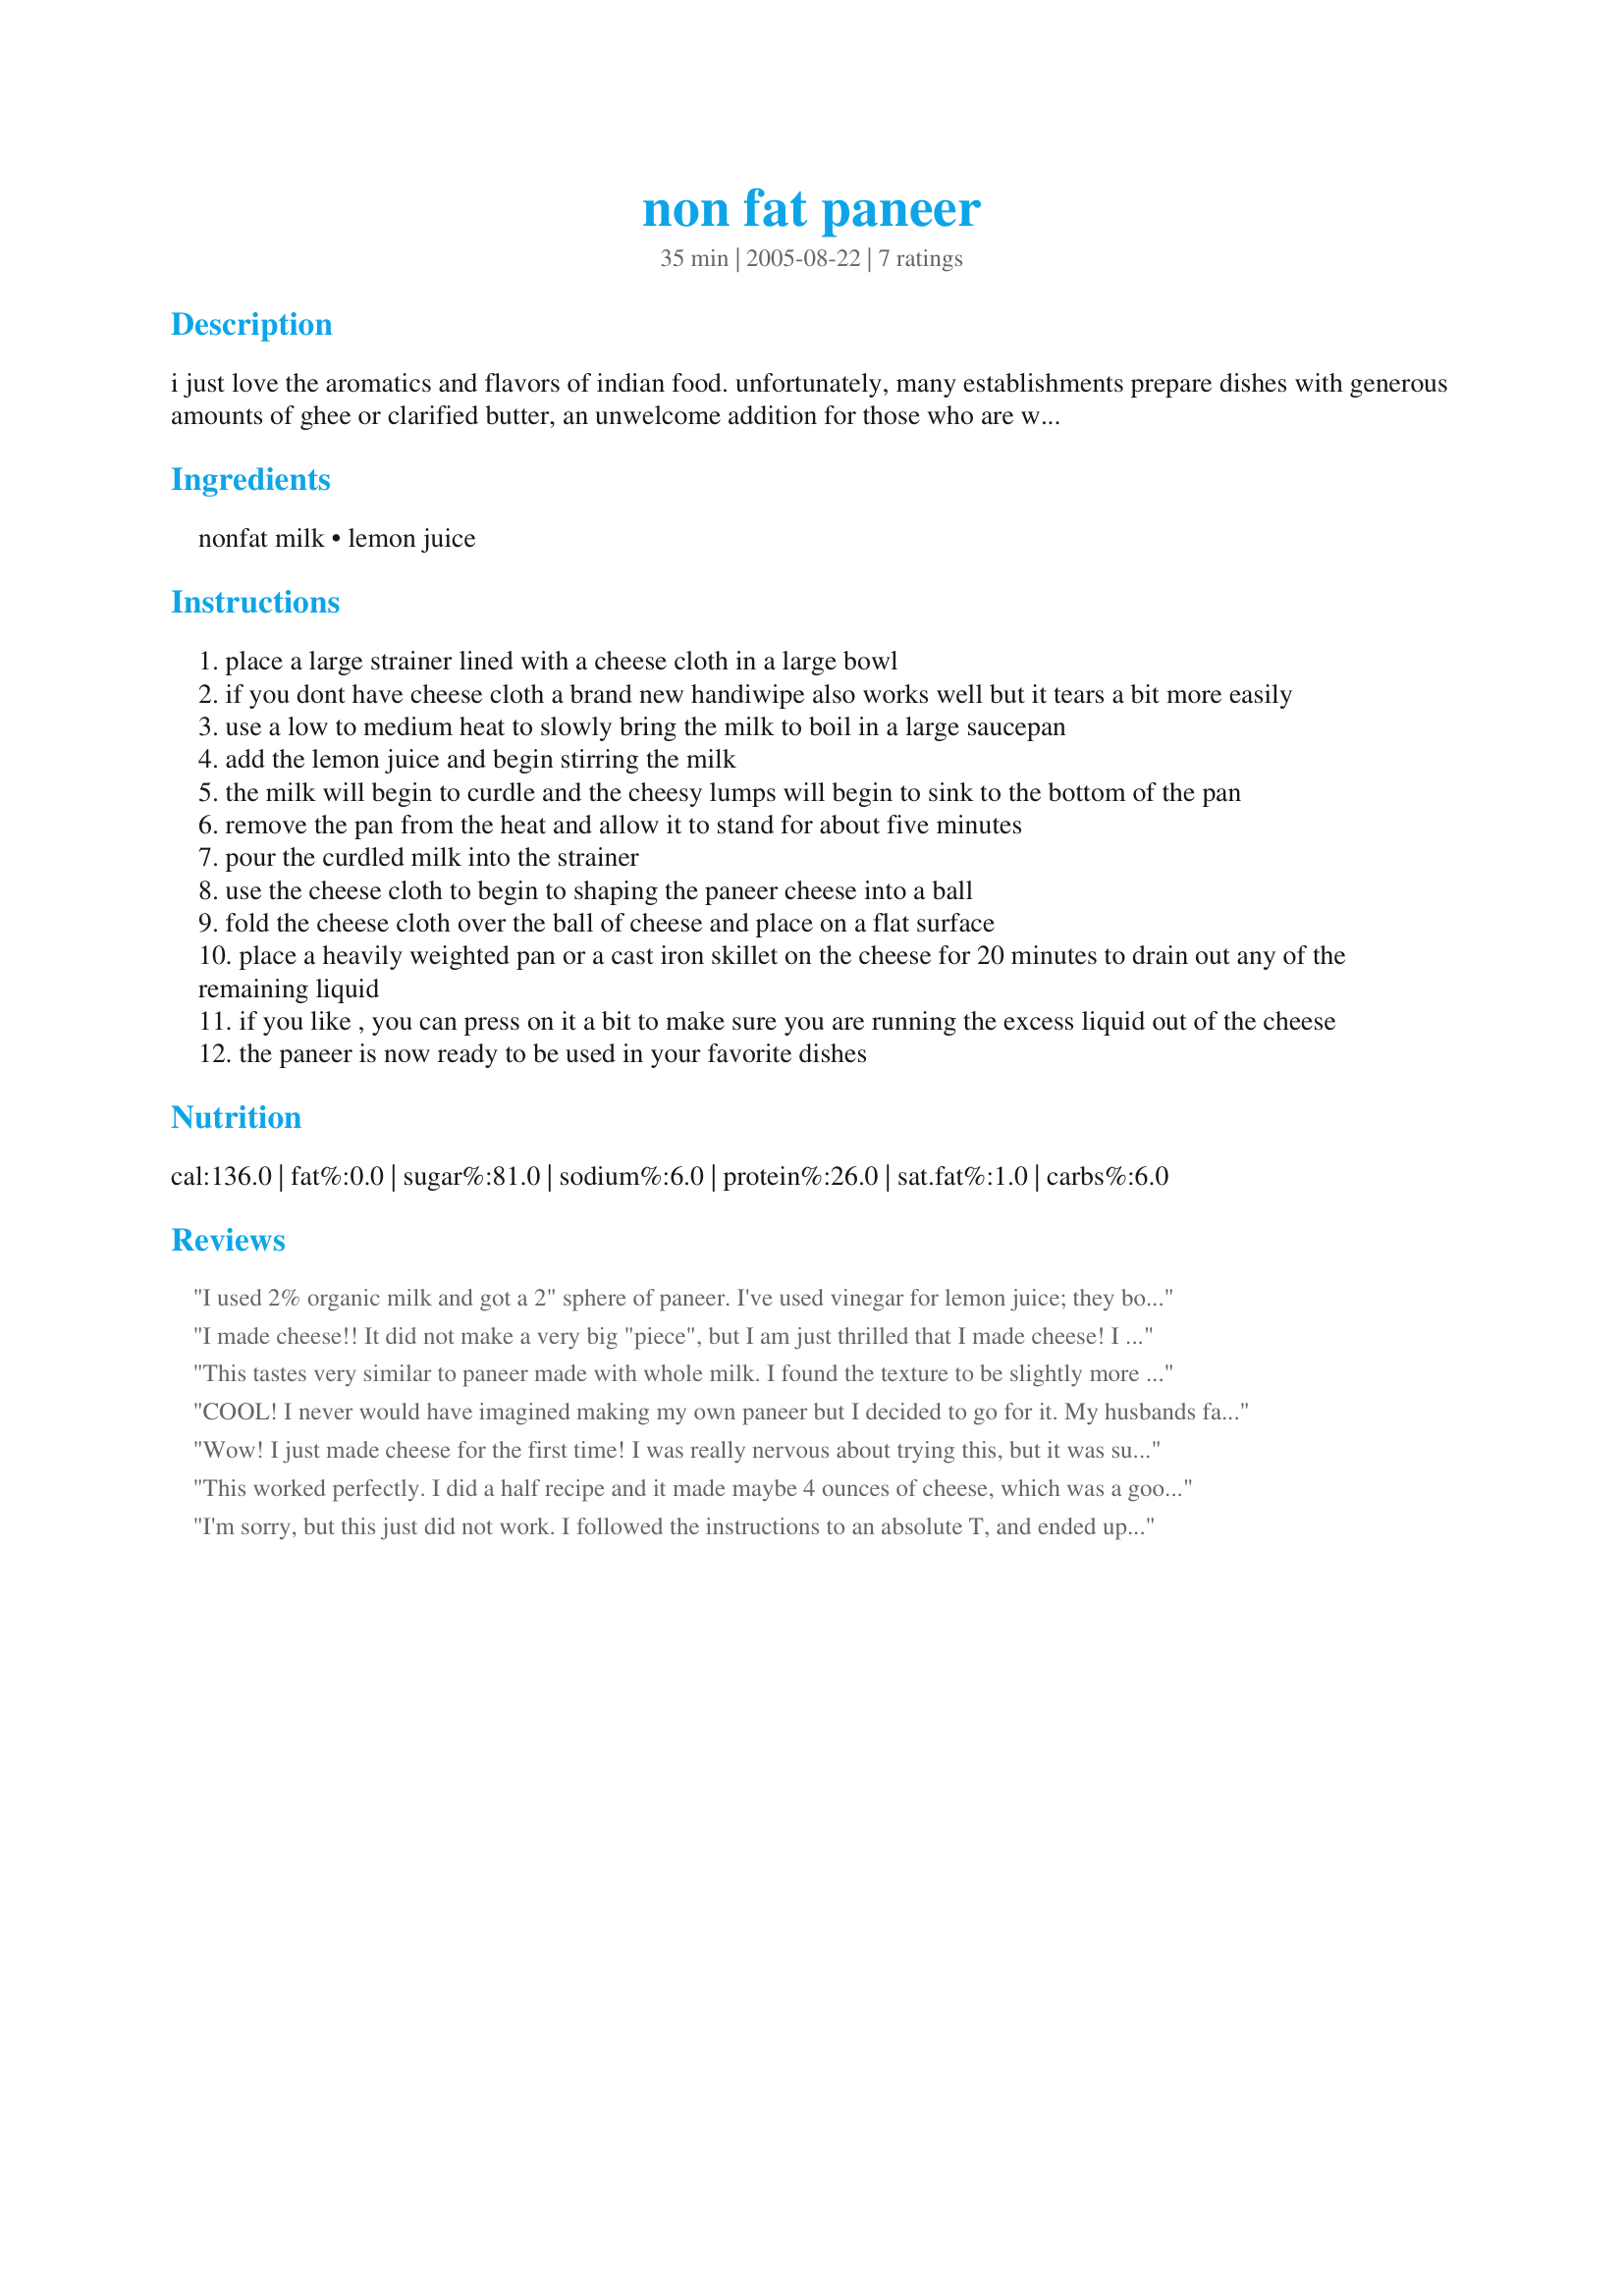
non fat paneer
Preparation time: 35 minutes

i just love the aromatics and flavors of indian food. unfortunately, many establishments prepare dishes with generous amounts of ghee or clarified butter, an unwelcome addition for those who are watching their caloric or cholesterol intake. not wanting to give up the lovely flavors, i’ve begun to delve into recipes that allow me to prepare my favorite dishes at home. paneer is easy to prepare and is a staple in many indian dishes, especially vegetarian entrees and appetizers.

Ingredients:
nonfat milk, lemon juice

Steps:
place a large strainer lined with a cheese cloth in a large bowl
if you dont have cheese cloth a brand new handiwipe also works well but it tears a bit more easily
use a low to medium heat to slowly bring the milk to boil in a large saucepan
add the lemon juice and begin stirring the milk
the milk will begin to curdle and the cheesy lumps will begin to sink to the bottom of the pan
remove the pan from the heat and allow it to stand for about five minutes
pour the curdled milk into the strainer
use the cheese cloth to begin to shaping the paneer cheese into a ball
fold the cheese cloth over the ball of cheese and place on a flat surface
place a heavily weighted pan or a cast iron skillet on the cheese for 20 minutes to drain out any of the remaining liquid
if you like , you can press on it a bit to make sure you are running the excess liquid out of the cheese
the paneer is now ready to be used in your favorite dishes

Reviews:
I used 2% organic milk and got a 2" sphere of paneer. I've used vinegar for lemon juice; they both work. I prefer my paneer to be spreadable, so I've learned not to squeeze out EVERY bit of whey. It doesn't melt, so it doesn't do well in macaroni-and-cheese or in chicken florentine (tasty, but not like the usual). Very tasty stuff, and the only cheese I can eat (without those dairy consequences) right now!
I made cheese!! It did not make a very big "piece", but I am just thrilled that I made cheese! I am very picky about not liking "cottage" style cheese, this was not like that! It was a "ball" of cheese.And I liked the smooth flavor. Thanks Toni, I will do this again, and maybe "play" with flavoring it some.
This tastes very similar to paneer made with whole milk. I found the texture to be slightly more chewy than full fat paneer when tasted plain, but there was no detectable difference once it was added to a recipe. I'm glad to know that I can use lower fat milk in the future to make my paneer! This yielded approx 7.5 oz. of paneer for me; this varies, though, depending on how much water you squeeze out. Thanks!
COOL! I never would have imagined making my own paneer but I decided to go for it. My husbands favorite Indian dish is Mattar Paneer which uses this. I followed the recipe exactly and it really wasn't that hard. The only thing was that the recipe I used it in said to brown the cheese in oil and that made it rubbery...so I wouldn't recommend doing that. Made for Cookbooks tag.
Wow! I just made cheese for the first time! I was really nervous about trying this, but it was surprisingly easy. I did use 2% milk, but next time I would go ahead and try it with the skim. I also made a half recipe, and was surprised at how little cheese this made (about the size of a tangerine). Maybe I cooked the milk at too low a heat and it cooked off too much of the liquid. Regardless, it has good flavor both by iteself and cooked. I threw a little into my Recipe #204853 and it absorbed the flavors really well.
This worked perfectly. I did a half recipe and it made maybe 4 ounces of cheese, which was a good amount for the dish I needed. Very tasty and easy to do. Will definitely use again! Note: this will be loose and wet at first. I wrapped my cheesecloth around it and twisted at the top, forming the paneer into a ball and squeezing more whey out. Then I let it cool inside the cheesecloth and it came out a nice little ball, perfect to slice.
I'm sorry, but this just did not work. I followed the instructions to an absolute T, and ended up with a fistfull of crumbly paneer. I honestly believe some things are meant to be made with full-fat ingredients. Perhaps this is one of them. I'm so disappointed, as I was really looking forward to this, but it was a big disaster.
